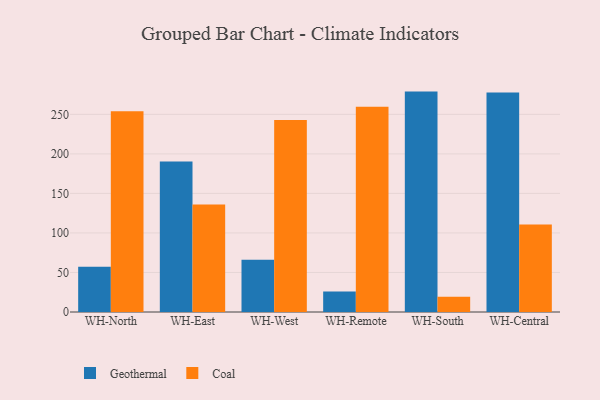
{"axis": {"x": "Warehouse", "y": "Production Output"}, "legend": ["Coal", "Geothermal"], "data": [{"x": "WH-North", "y": 57.3, "type": "Geothermal"}, {"x": "WH-North", "y": 253.8, "type": "Coal"}, {"x": "WH-East", "y": 190.4, "type": "Geothermal"}, {"x": "WH-East", "y": 136.1, "type": "Coal"}, {"x": "WH-West", "y": 66.1, "type": "Geothermal"}, {"x": "WH-West", "y": 242.9, "type": "Coal"}, {"x": "WH-Remote", "y": 25.9, "type": "Geothermal"}, {"x": "WH-Remote", "y": 259.6, "type": "Coal"}, {"x": "WH-South", "y": 278.8, "type": "Geothermal"}, {"x": "WH-South", "y": 19.2, "type": "Coal"}, {"x": "WH-Central", "y": 277.8, "type": "Geothermal"}, {"x": "WH-Central", "y": 110.8, "type": "Coal"}]}